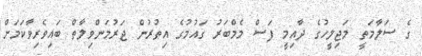
ގެ ސަލާމަތީ މަޖިލީހުގެ ދާއިމީ ފަސް މެމްބަރު ގައުމުގެ އިތުރުން ޖަރުމަންވިލާތް ބައިވެރިވާކަމަށް